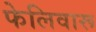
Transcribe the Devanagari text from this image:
फेलिवारू